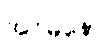
အဝိမနော